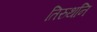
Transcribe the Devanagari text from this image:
तिरुथनि